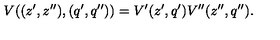
V ( ( z ^ { \prime } , z ^ { \prime \prime } ) , ( q ^ { \prime } , q ^ { \prime \prime } ) ) = V ^ { \prime } ( z ^ { \prime } , q ^ { \prime } ) V ^ { \prime \prime } ( z ^ { \prime \prime } , q ^ { \prime \prime } ) .